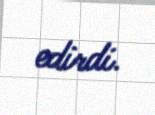
edirdi.